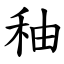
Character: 秞